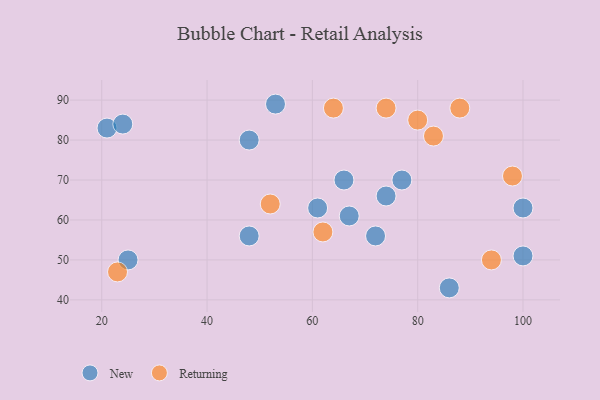
{"axis": {"x": "GDP", "y": "Life Expectancy"}, "legend": ["New", "Returning"], "data": [{"x": "25", "y": 50, "type": "New"}, {"x": "86", "y": 43, "type": "New"}, {"x": "77", "y": 70, "type": "New"}, {"x": "61", "y": 63, "type": "New"}, {"x": "100", "y": 51, "type": "New"}, {"x": "72", "y": 56, "type": "New"}, {"x": "21", "y": 83, "type": "New"}, {"x": "67", "y": 61, "type": "New"}, {"x": "100", "y": 63, "type": "New"}, {"x": "24", "y": 84, "type": "New"}, {"x": "66", "y": 70, "type": "New"}, {"x": "48", "y": 56, "type": "New"}, {"x": "53", "y": 89, "type": "New"}, {"x": "48", "y": 80, "type": "New"}, {"x": "74", "y": 66, "type": "New"}, {"x": "98", "y": 71, "type": "Returning"}, {"x": "23", "y": 47, "type": "Returning"}, {"x": "94", "y": 50, "type": "Returning"}, {"x": "83", "y": 81, "type": "Returning"}, {"x": "80", "y": 85, "type": "Returning"}, {"x": "64", "y": 88, "type": "Returning"}, {"x": "74", "y": 88, "type": "Returning"}, {"x": "62", "y": 57, "type": "Returning"}, {"x": "52", "y": 64, "type": "Returning"}, {"x": "88", "y": 88, "type": "Returning"}]}